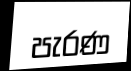
පැරණ